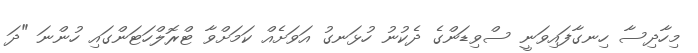
މިހާދިސާ ހިނގާފައިވަނީ ސްވިޑަންގެ ދެކުނު ހުޅަނގު އަވަށެއް ކަމަށްވާ ޓްރޮލްހަޓަންގައި ހުންނަ "ދަ